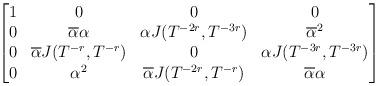
LaTeX: \begin{align*}\begin{bmatrix}1&0&0&0\\0&\overline\alpha\alpha&\alpha J(T^{-2r},T^{-3r})&\overline\alpha^2\\0&\overline\alpha J(T^{-r},T^{-r})&0&\alpha J(T^{-3r},T^{-3r})\\0&\alpha^2&\overline\alpha J(T^{-2r},T^{-r})&\overline\alpha\alpha\end{bmatrix}\end{align*}